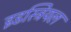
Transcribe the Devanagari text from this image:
इडस्ट्रियल